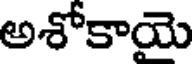
అశోకాయె